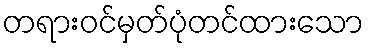
တရားဝင်မှတ်ပုံတင်ထားသော